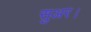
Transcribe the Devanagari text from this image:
सुअर।